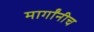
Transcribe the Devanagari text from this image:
मार्गांनीच